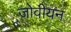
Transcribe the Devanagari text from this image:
जोवीयन